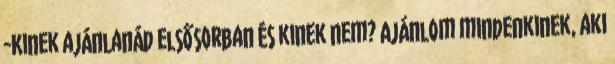
-Kinek ajánlanád elsősorban és kinek nem? Ajánlom mindenkinek, aki